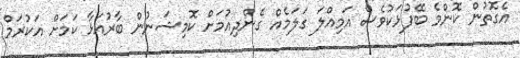
އެގޮތުން ކޮންމެ ބޭފުޅަކުވެސް އަމިއްލަ ގަލަމެއް ގެންދިއުމަށް ކޮމިޝަނުން ބާރުއަޅާ ކަމަށް އަކުރަމް